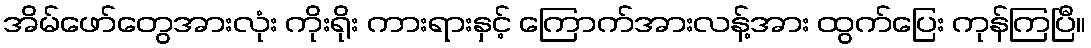
အိမ်ဖော်တွေအားလုံး ကိုးရိုး ကားရားနှင့် ကြောက်အားလန့်အား ထွက်ပြေး ကုန်ကြပြီ။